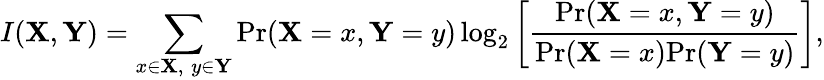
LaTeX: I(\mathbf{X},\mathbf{Y})=\sum_{x\in\mathbf{X},\; y\in\mathbf{Y}}\mathrm{Pr}(\mathbf{X}=x,\textbf{Y}=y)\log_{2}\left[\frac{\mathrm{Pr}(\mathbf{X}=x,\textbf{Y}=y)}{\mathrm{Pr}(\mathbf{X}=x)\mathrm{Pr}(\mathbf{Y}=y)}\right],